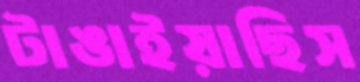
টাঙাইয়াছিস